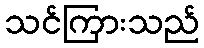
သင်ကြားသည်